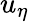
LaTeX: u_{\eta}